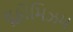
યૂફોમિઝમ